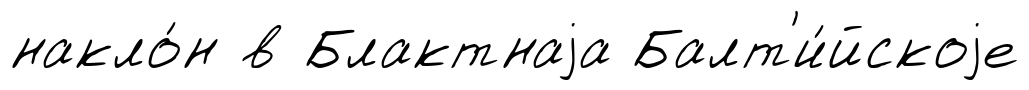
накло́н в Блактнаjа Балт'и́йскоjе